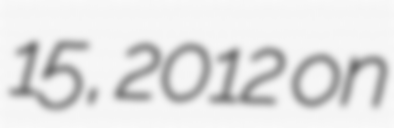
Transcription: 15, 2012 on